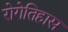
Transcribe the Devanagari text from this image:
रोगेतिहास